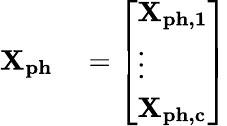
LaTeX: \begin{array}{rl}{\mathbf{X_{ph}}}&{{}=\left[\begin{array}{l}{\mathbf{X_{ph,1}}}\\ {\vdots}\\ {\mathbf{X_{ph,c}}}\end{array}\right]}\end{array}